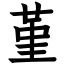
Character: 堇